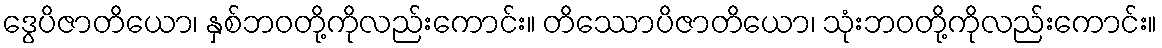
ဒွေပိဇာတိယော၊ နှစ်ဘဝတို့ကိုလည်းကောင်း။ တိဿောပိဇာတိယော၊ သုံးဘဝတို့ကိုလည်းကောင်း။